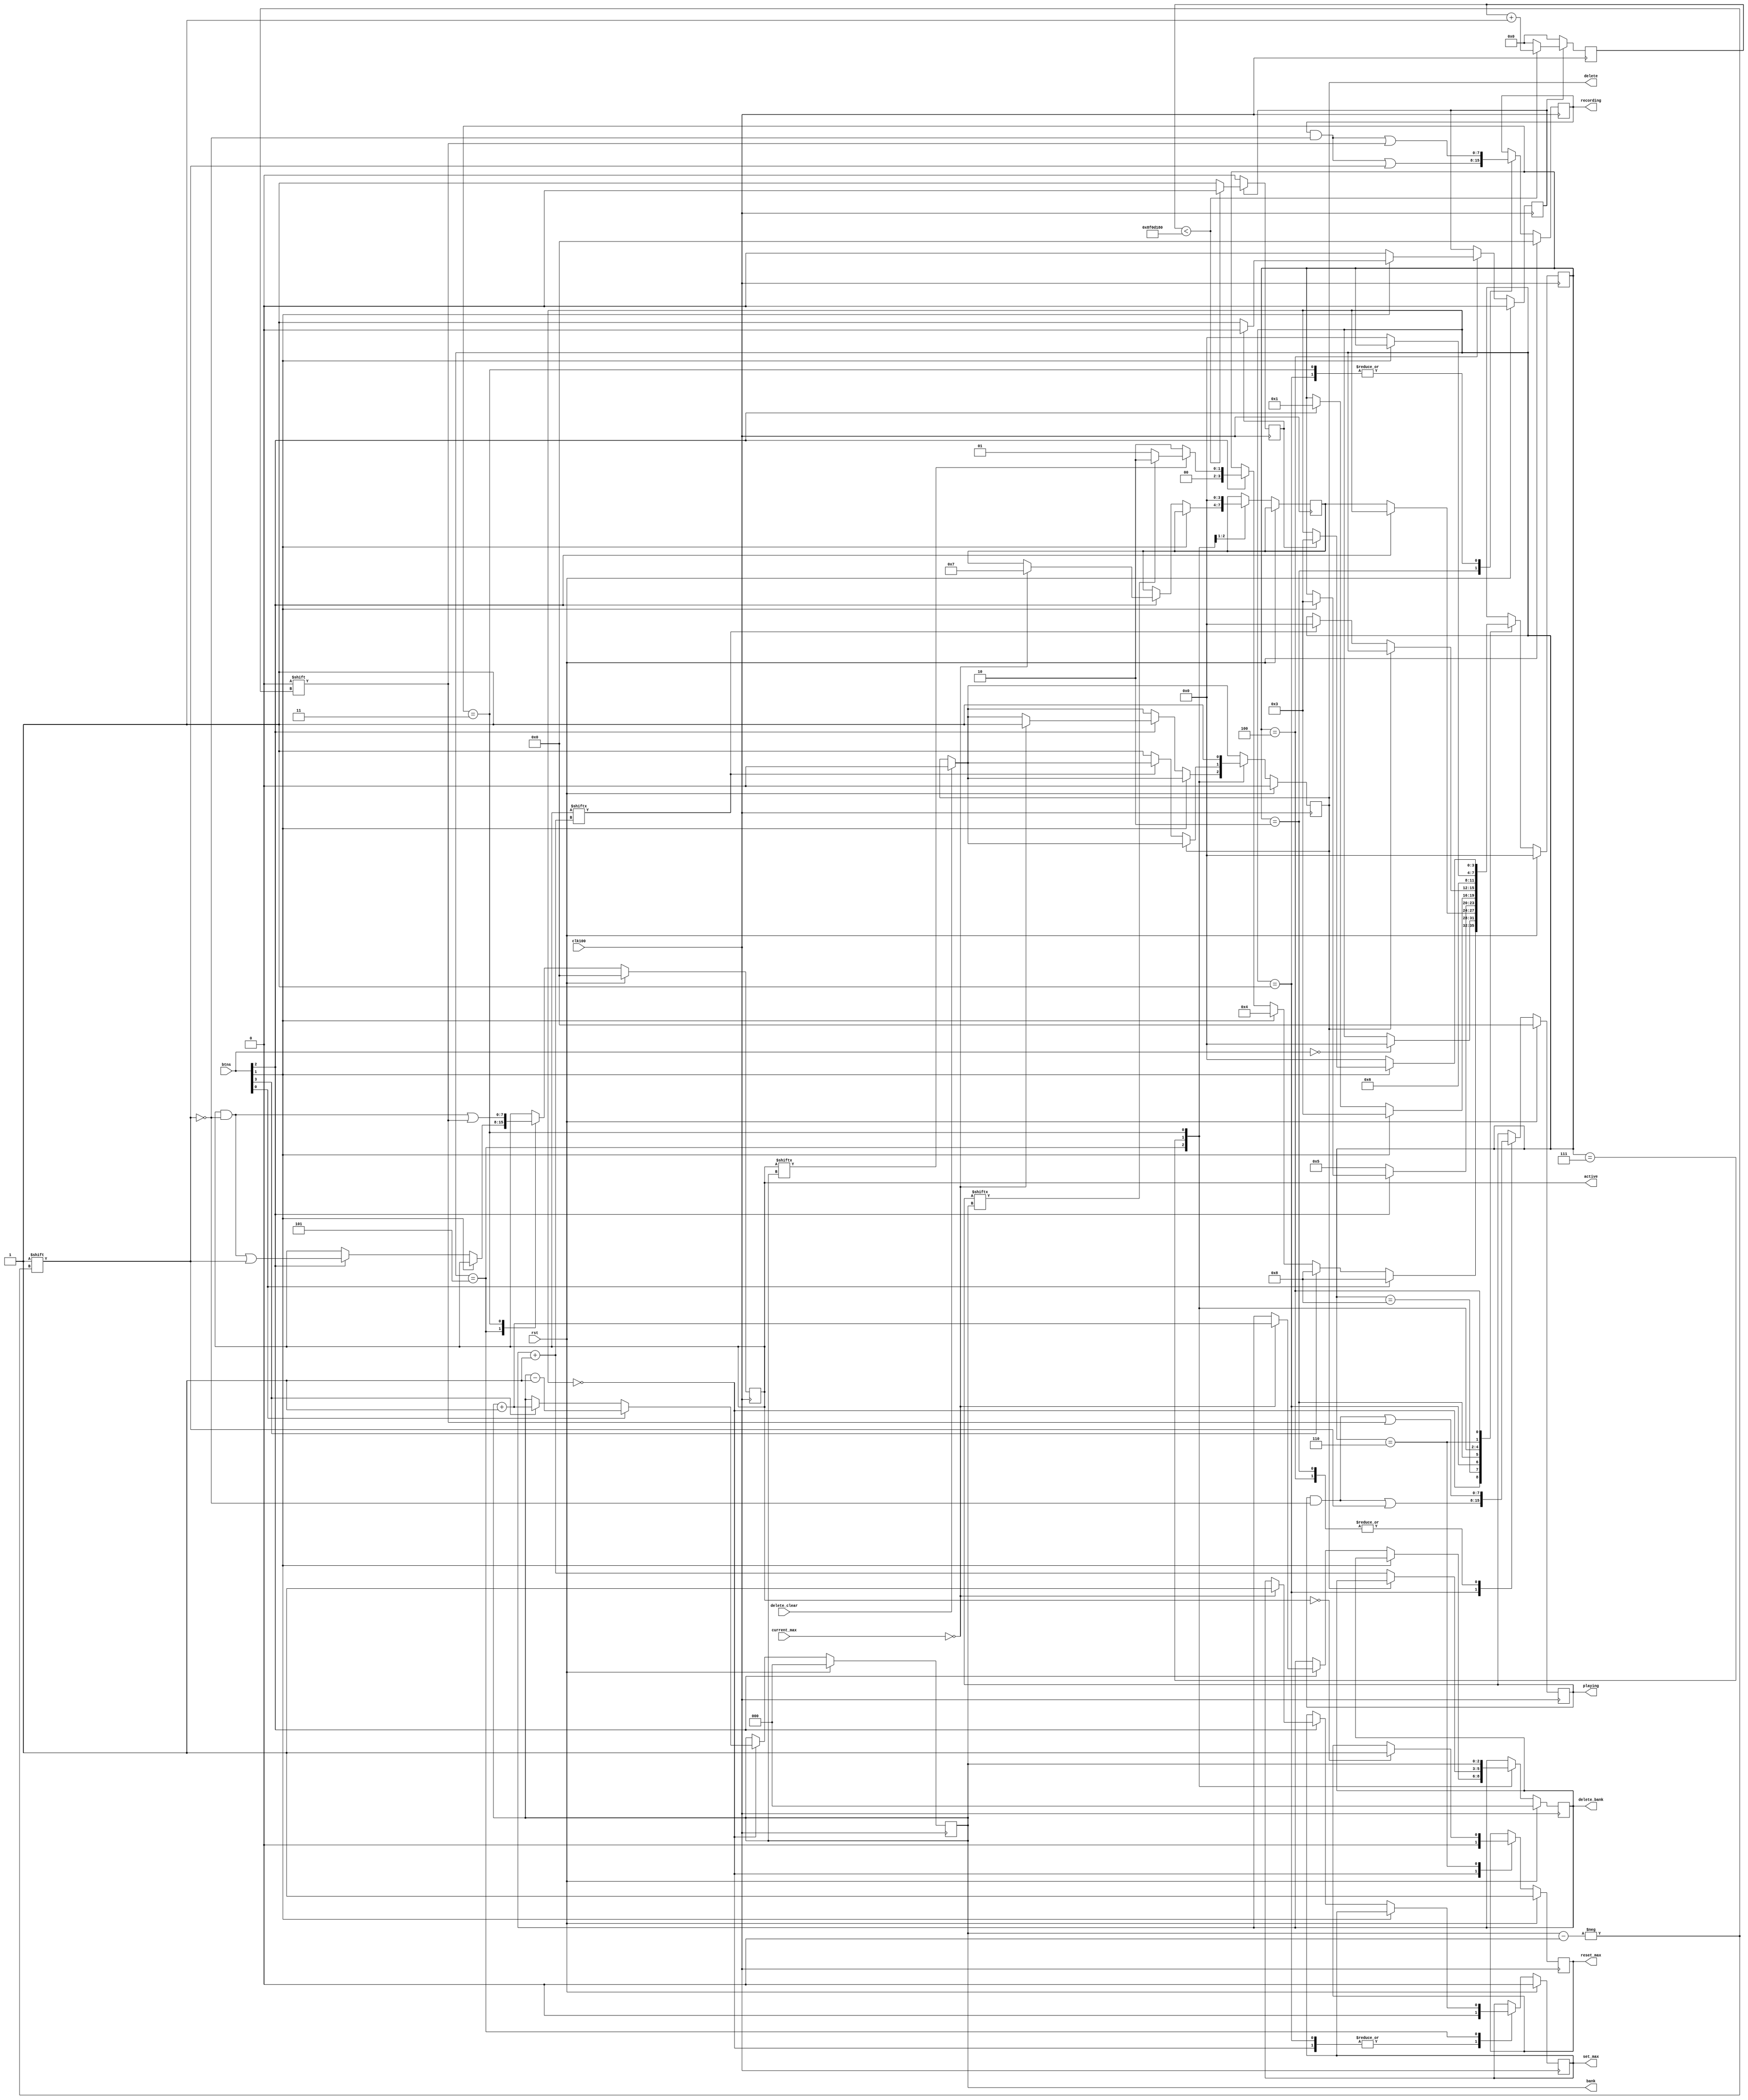
module loop_ctrl(
    input clk100,
    input rst,
    
    input [3:0] btns, //btns = [back, stop/delete, play/record, next]
    
    output reg [7:0] playing,
    output reg [7:0] recording,
    
    output reg [7:0] active,
    output reg delete,
    output reg [2:0] delete_bank,
    input delete_clear,
    output reg [2:0] bank,
    
    input [22:0]current_max,
    output reg set_max,
    
    output reg reset_max
    );

//State Machine states
    parameter DEFAULT = 4'b0000;
    parameter PLAY =   4'b0001;
    parameter RECORD = 4'b0010;
    parameter DELETE = 4'b0011;
    parameter STOP =   4'b0100;
    parameter PBTNDB = 4'b0101;
    parameter PDELBTNDB = 4'b0110;
    parameter DELETEOTHERS = 4'b0111;
    parameter DEFAULT_DB = 4'b1000;
    
    `define BACK 0
    `define STOP 1
    `define PLAY 2
    `define FORWARD 3
 
    initial delete = 1'b0;
    initial delete_bank = 1'b0;
    initial playing = 4'b0000;
    initial recording = 4'b0000;
    initial active = 4'b0000;
    initial bank = 3'b000;
    
    reg [3:0] pstate = DEFAULT;
    reg [3:0] nstate = DEFAULT;
    
//Delete counter stuff
    parameter count_max = 150000000;
    
    reg delay_en = 0;
    reg delay_done = 0;
    reg [27:0] counter=0;
    
   
    //Main State Machine
always @ (posedge (clk100))
    begin
        if (rst == 1)begin
            pstate <= DEFAULT;
            reset_max <= 1;
            set_max <= 0;
            active <= 4'b0000;
            delay_en <= 0;
            playing <= 4'b0000;
            recording <= 4'b0000;
            delete <= 1'b0;
            delete_bank <= 1'b0;
            bank<=3'b000;
        end
    else begin
        if(delete_clear)delete<=1'b0;
        case (pstate)
            DEFAULT: begin
                reset_max <= 0;
                set_max <= 0;
                
                if((btns[`BACK] == 1))begin //Back bank button
                    bank<=bank-1;    
                    pstate <= DEFAULT_DB;
                end
                else if (btns[`FORWARD] == 1) begin //Forward bank button pressed
                    bank<=bank+1;
                    pstate <= DEFAULT_DB;
                end
                else if (btns[`STOP] == 1) begin
                    pstate <= STOP;
                end
                else if (btns[`PLAY] == 1) begin
                    if (active[bank] == 0) //The current bank is not recorded on yet
                        pstate <= RECORD;  //So record onto it
                    else begin //The current bank is recorded on already
                        if (playing[bank] == 0)//If the current bank is not playing
                            pstate <= PLAY;
                        else //The current bank is playing already
                            pstate <= RECORD;
                    end
                    
                end
            end //End DEFAULT
            
            DEFAULT_DB: begin
                if (btns==0) //Wait until button is released
                    pstate <= DEFAULT;
            end
            
            PLAY: begin
                playing[bank] <= 1;
                recording[bank] <= 0;
                set_max<=0;
                if(btns[`PLAY] == 0)begin
                    pstate <= nstate;    
                end
            end
            
            RECORD: begin   //Play button is held down still
                recording[bank] <= 1;
                playing[bank] <= 0;
                
                if(btns[`PLAY] == 0)begin //Play button is released, go to the db state
                    pstate <= PBTNDB;
                end
                else if(btns[`STOP])begin
                    pstate <= DELETE;
                end
            end
            
            PBTNDB: begin   //Play button is released, still recording
                if (btns[`STOP]==1)//Stop button pressed, delete the bank
                    pstate<=DELETE;
                else if(btns[`PLAY] == 1)begin //Play button is pressed again
                    active[bank] <= 1;  //This bank is now active
                    if(current_max == 0)begin //If there is no other banks recorded on (max is 0 still) delete the other banks!
                        set_max <= 1;//Set the max flag
                        delete_bank<=bank+1;//Delete the other banks
                        delete<=1;//Turn on delete
                        nstate <=DELETEOTHERS;//After the play state, we will go to the DELETEOTHERS state instead of default
                    end
                    pstate<=PLAY;//Then go to PLAY state to start the track
                end
            end
            
            DELETEOTHERS: begin
                nstate<=DEFAULT;//Reset nstate
                if (delete==0)begin//If done deleting
                    delete_bank=delete_bank+1;//Increment delete_bank
                    if (active[delete_bank]==0)begin//If the new bank isn't recorded on
                        delete<=1;//Delete the old data on that bank
                    end
                    else//If the new bank is recorded on, we know it is the first loop, so return
                        pstate<= DEFAULT;
                end
            end
            
            DELETE: begin
                delete <= 1;
                delete_bank <= bank;
                recording[bank] <= 0;
                active[bank] <= 0;
                pstate <= PDELBTNDB;            
            end
            
            PDELBTNDB: begin
                if(active == 8'b00000000)begin//All of the banks are erased
                    reset_max <= 1;//Reset_max flag is set for one cycle
                end
                if (btns[`STOP]==0)//Debounce, wait until the stop button is released
                    pstate<=DEFAULT;
            end
            
            STOP: begin
                delay_en <= 1;//Start delay counter
                playing[bank] <= 0;//Stop playing the bank
                if(btns[`STOP] == 0)begin //If the stop button is released before 1.5 seconds
                    delay_en <= 0;//Stop and reset the delete counter
                    pstate <= DEFAULT;//Return to DEFAULT
                end
                else if(delay_done == 1)begin //If the stop button is held for 1.5 seconds, delete
                    delay_en <= 0;//Turn off the delete counter
                    pstate <= DELETE;//Delete the bank
                end
            end
            
        endcase
    end//End else if reset
end
 
//Delete hold timer
    
always @(posedge (clk100))begin
    if(delay_en==0)begin
        counter <= 0;
        delay_done <= 0;
    end
    
    else if(counter < count_max) begin
        counter <= counter + 1;
        delay_done <= 0;
    end
    
    else begin
        counter <= 0;
        delay_done <= 1;
    end
end   
    

endmodule